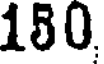
180